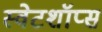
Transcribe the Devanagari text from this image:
स्वेटशॉप्स